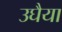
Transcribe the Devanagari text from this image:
उघैया